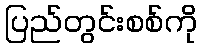
ပြည်တွင်းစစ်ကို